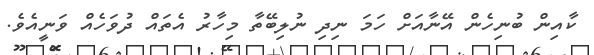
ކާއިން ބުނިހެން އޭނާއަށް ހަމަ ނިދި ނުލިބޭތާ މިހާރު އެތައް ދުވަހެއް ވަނީއެވެ.